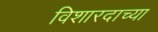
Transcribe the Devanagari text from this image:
विशारदाच्या